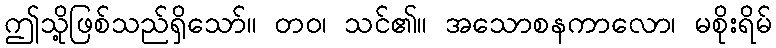
ဤသို့ဖြစ်သည်ရှိသော်။ တဝ၊ သင်၏။ အသောစနကာလော၊ မစိုးရိမ်